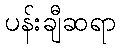
ပန်းချီဆရာ